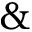
\&